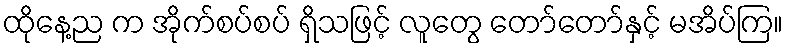
ထိုနေ့ည က အိုက်စပ်စပ် ရှိသဖြင့် လူတွေ တော်တော်နှင့် မအိပ်ကြ။